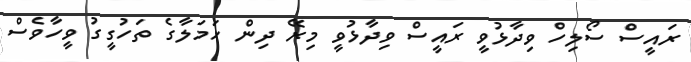
ރައީސް ސޯލިހް ވިދާޅުވީ ރައީސް ވިދާޅުވީ މިރޭ ދިން ހަމަލާގެ ތަހުގީގު ވީހާވެސް